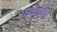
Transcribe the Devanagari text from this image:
रूढ़ार्थ।